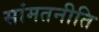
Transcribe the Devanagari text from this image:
सांमतनीति